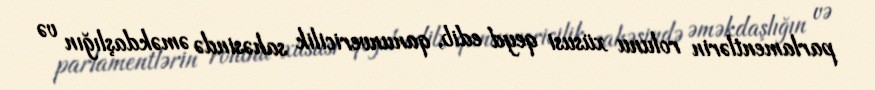
parlamentlərin rolunu xüsusi qeyd edib, qanunvericilik sahəsində əməkdaşlığın və